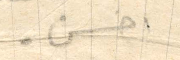
احسن.